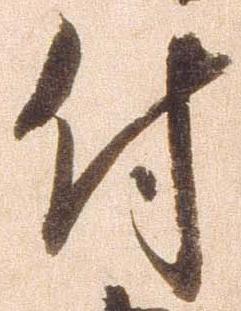
付